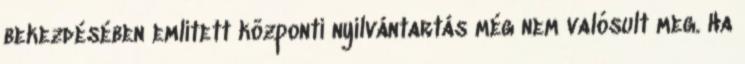
bekezdésében említett központi nyilvántartás még nem valósult meg. Ha